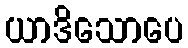
ယာဒိသောပေ